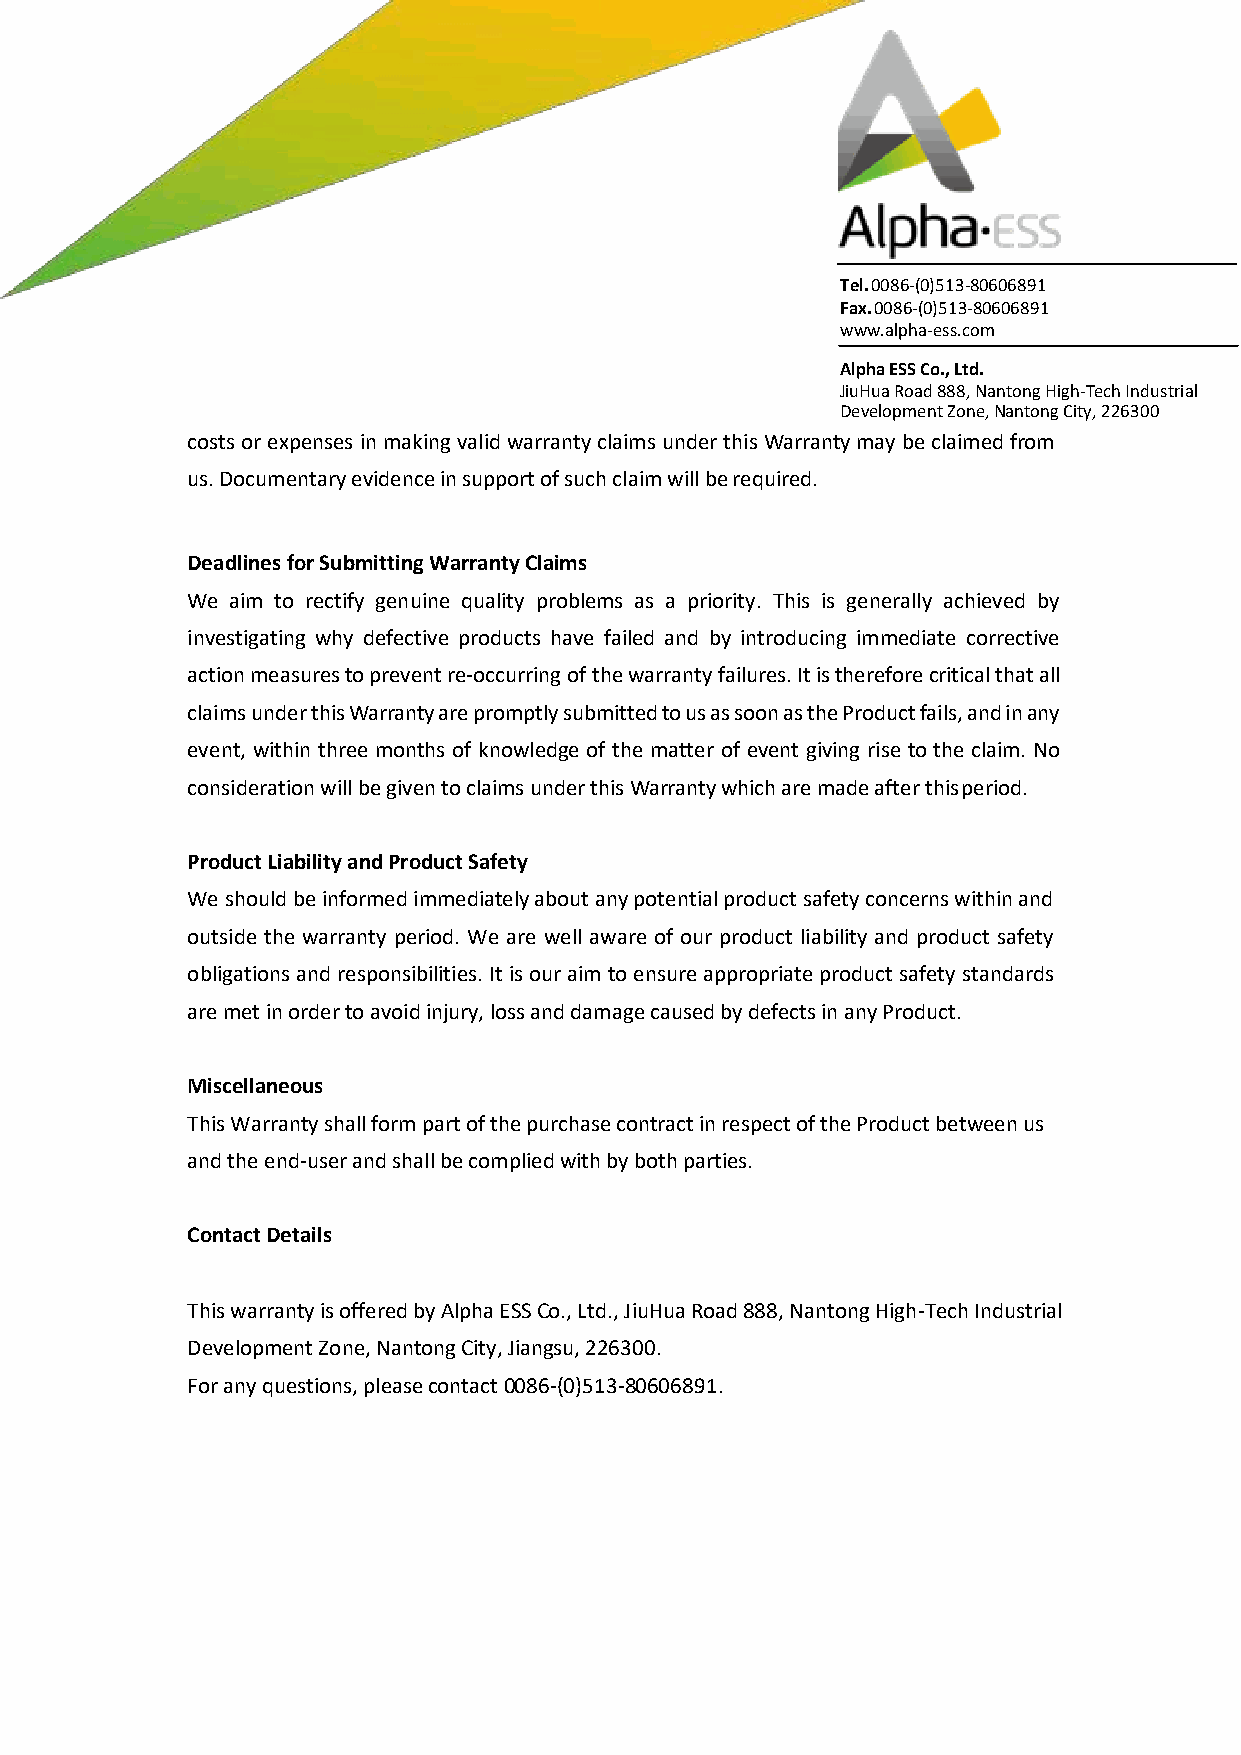
Tel. 0086-(0)513-80606891
 Fax. 0086-(0)513-80606891
 www.alpha-ess.com
 Alpha ESS Co., Ltd.
 JiuHua Road 888, Nantong High-Tech Industrial
 Development Zone, Nantong City, 226300
 costs or expenses in making valid warranty claims under this Warranty may be claimed from
 us. Documentary evidence in support of such claim will be required.
 Deadlines for Submitting Warranty Claims
 We aim to rectify genuine quality problems as a priority. This is generally achieved by
 investigating why defective products have failed and by introducing immediate corrective
 action measures to prevent re-occurring of the warranty failures. It is therefore critical that all
 claims under this Warranty are promptly submitted to us as soon as the Product fails, and in any
 event, within three months of knowledge of the matter of event giving rise to the claim. No
 consideration will be given to claims under this Warranty which are made after this period.
 Product Liability and Product Safety
 We should be informed immediately about any potential product safety concerns within and
 outside the warranty period. We are well aware of our product liability and product safety
 obligations and responsibilities. It is our aim to ensure appropriate product safety standards
 are met in order to avoid injury, loss and damage caused by defects in any Product.
 Miscellaneous
 This Warranty shall form part of the purchase contract in respect of the Product between us
 and the end-user and shall be complied with by both parties.
 Contact Details
 This warranty is offered by Alpha ESS Co., Ltd., JiuHua Road 888, Nantong High-Tech Industrial
 Development Zone, Nantong City, Jiangsu, 226300.
 For any questions, please contact 0086-(0)513-80606891.